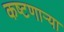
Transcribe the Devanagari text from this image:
कष्टणार्‍या